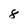
Character: 8